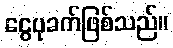
ငွေပုခက်ဖြစ်သည်။